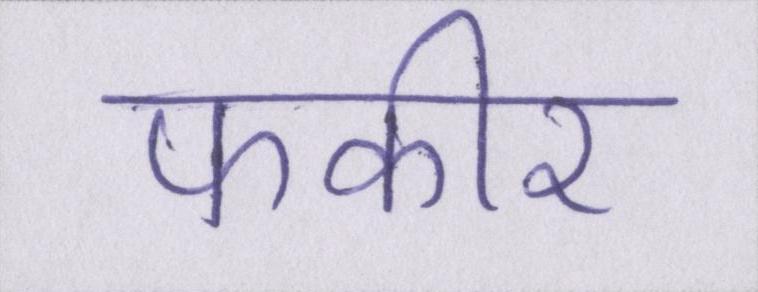
फकीर